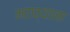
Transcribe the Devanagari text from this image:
मराठ्याना